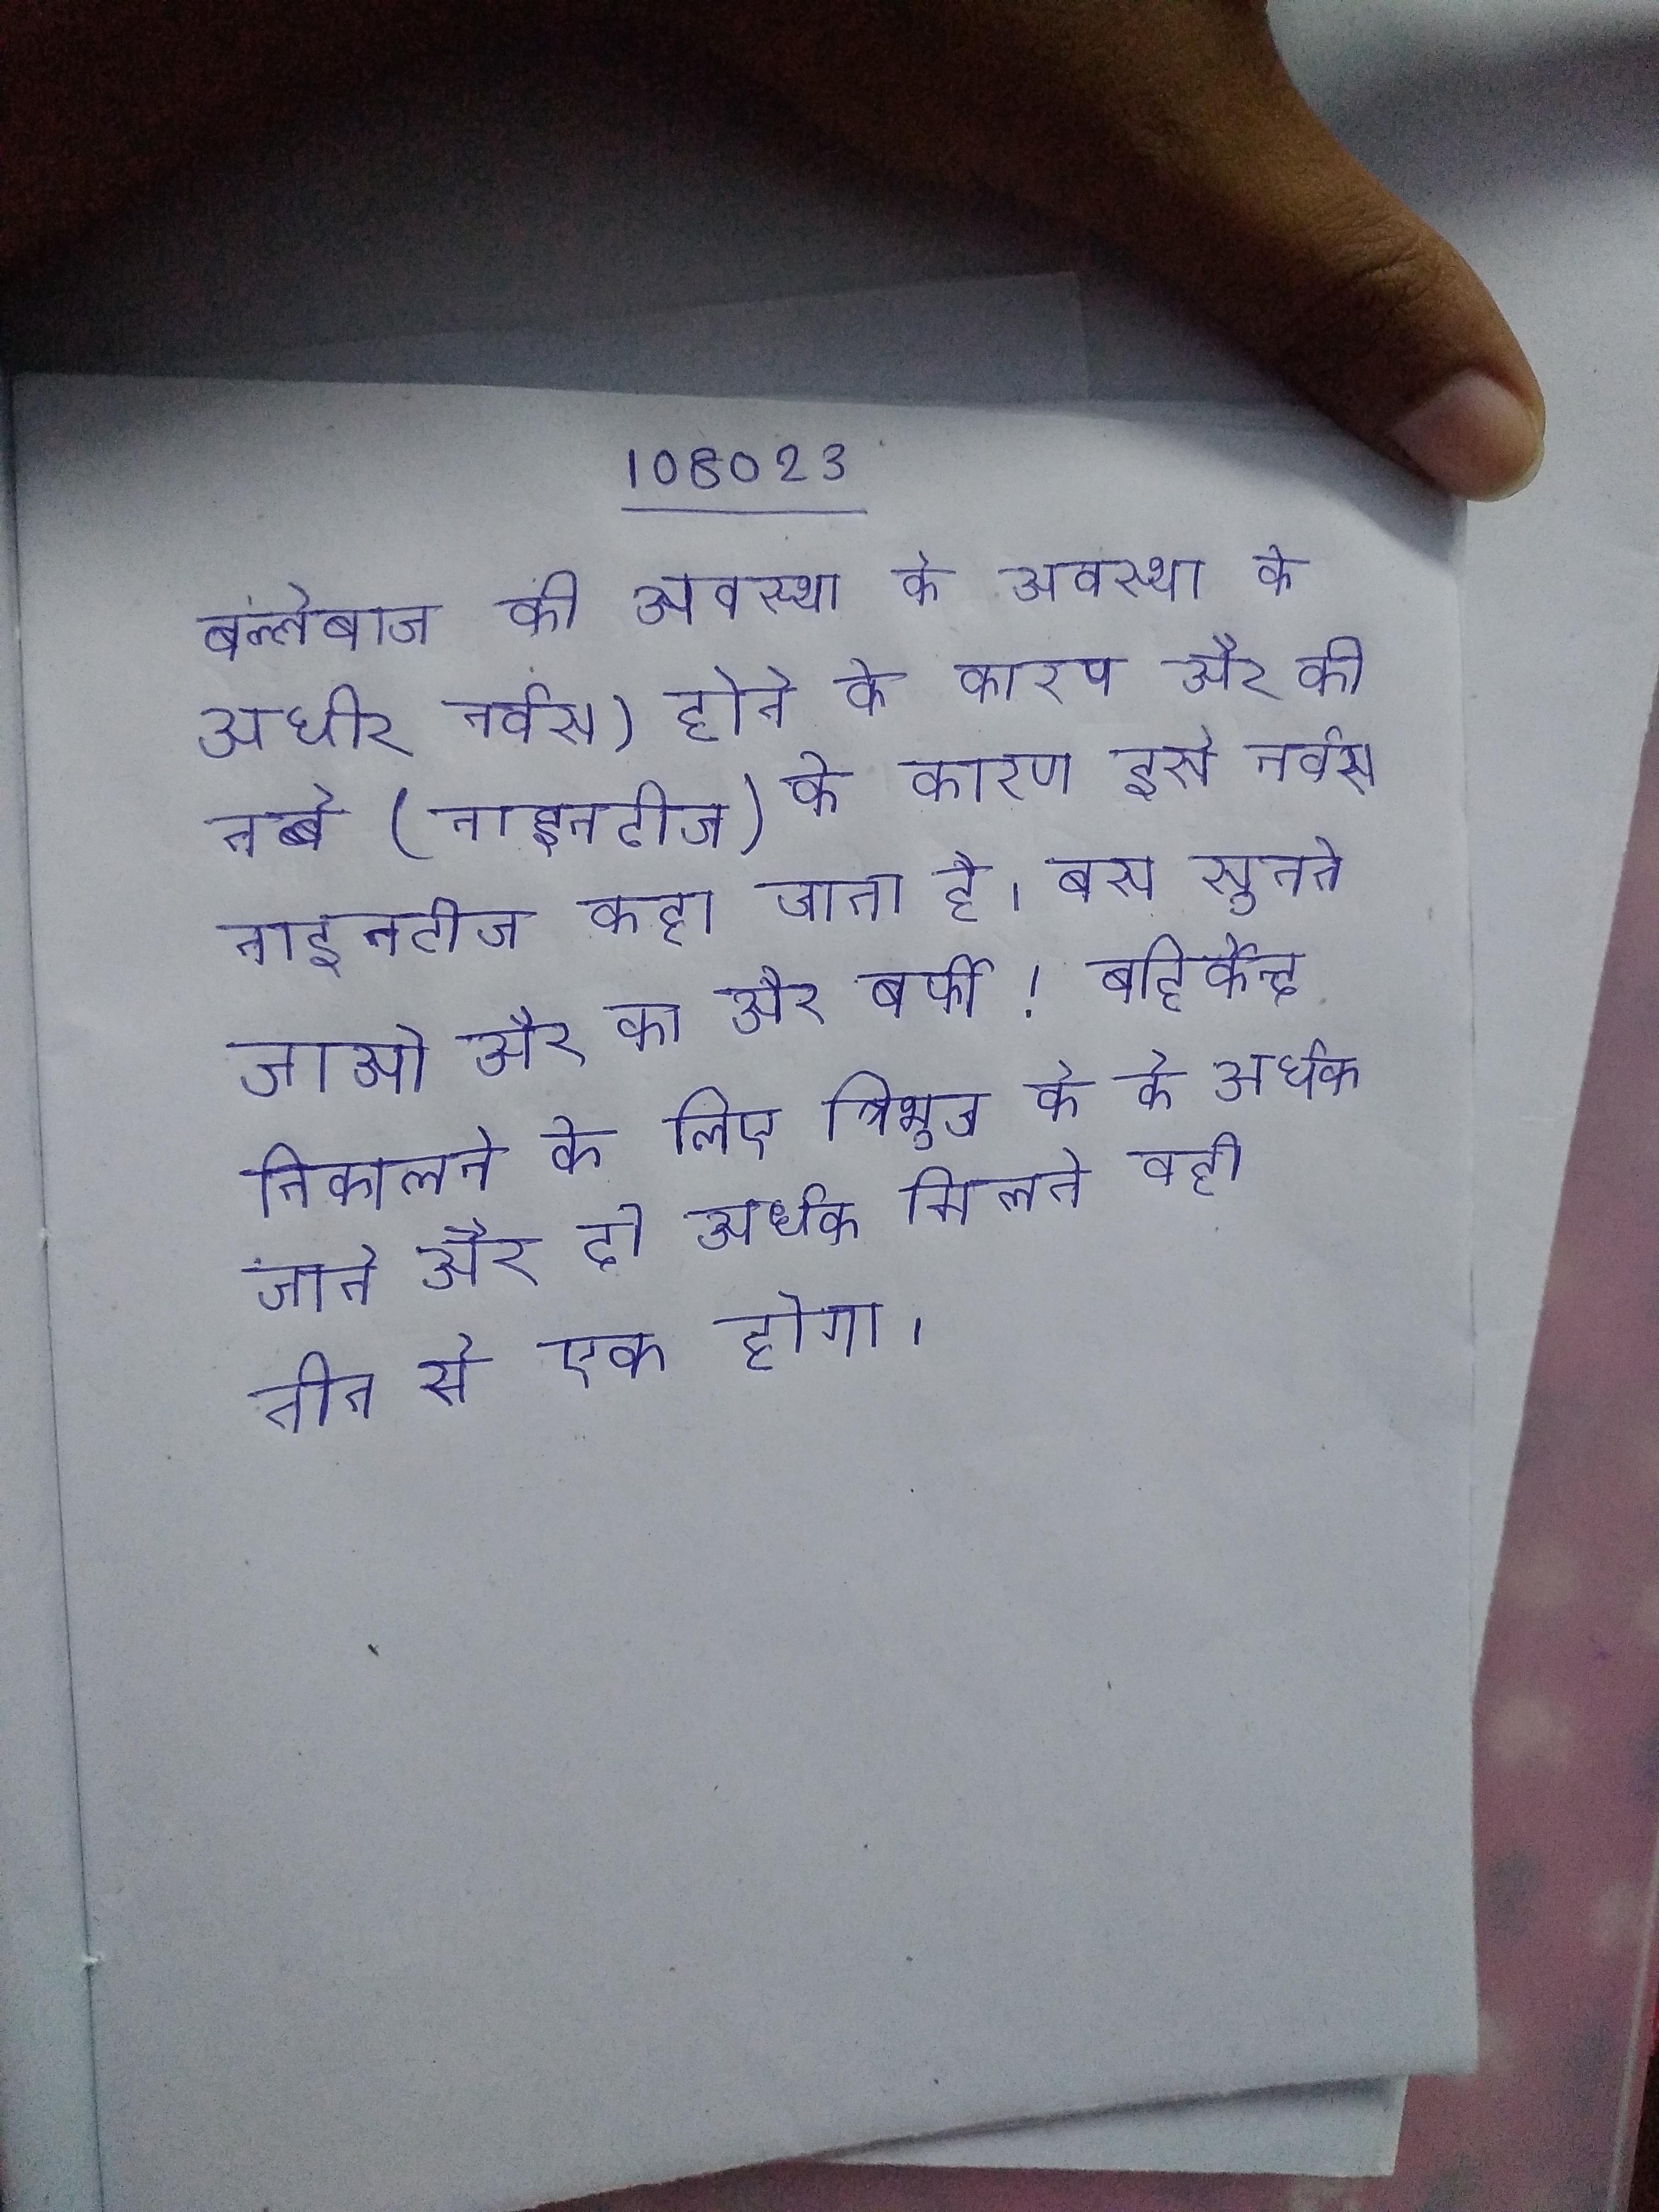
बल्लेबाज की अवस्था के अधीर नर्वस) होने के कारण और की नब्बे (नाइनटीज) के कारण इसे नर्वस नाइनटीज कहा जाता है । बस सुनते जाओ और का और बर्फी! बहिर्केन्द्र निकालने के लिए त्रिभुज के के अर्धक जाते और दो अर्धक मिलते वही तीन से एक होगा ।